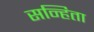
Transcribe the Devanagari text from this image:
सन्हिता